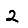
Digit: 2